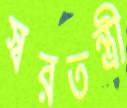
স্বরতন্ত্রী